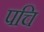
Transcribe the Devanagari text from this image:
पचि